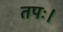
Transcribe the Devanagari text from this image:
तपः।